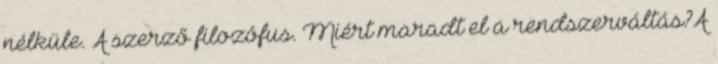
nélküle. A szerző filozófus. Miért maradt el a rendszerváltás?A